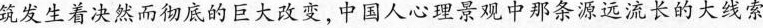
筑发生着决然而彻底的巨大改变，中国人心理景观中那条源远流长的大线索